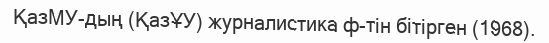
ҚазМУ-дың (ҚазҰУ) журналистика ф-тін бітірген (1968).